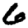
Digit: 6